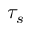
\tau _ { s }